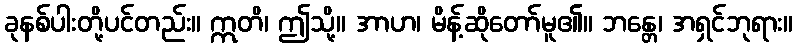
ခုနစ်ပါးတို့ပင်တည်း။ ဣတိ၊ ဤသို့။ အာဟ၊ မိန့်ဆိုတော်မူ၏။ ဘန္တေ၊ အရှင်ဘုရား။